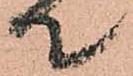
て